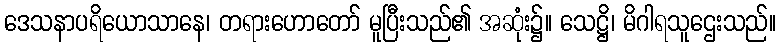
ဒေသနာပရိယောသာနေ၊ တရားဟောတော် မူပြီးသည်၏ အဆုံး၌။ သေဋ္ဌိ၊ မိဂါရသူဌေးသည်။